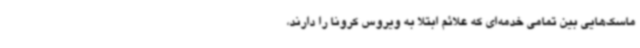
ماسک‌هایی بین تمامی خدمه‌ای که علائم ابتلا به ویروس کرونا را دارند،